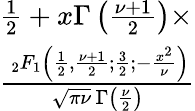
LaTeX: {\begin{array}{l}{{\frac{1}{2}}+x\Gamma\left({\frac{\nu+1}{2}}\right)\times}\\ {{\frac{\, _{2}F_{1}\left({\frac{1}{2}},{\frac{\nu+1}{2}};{\frac{3}{2}};-{\frac{x^{2}}{\nu}}\right)}{{\sqrt{\pi\nu}}\, \Gamma\left({\frac{\nu}{2}}\right)}}}\end{array}}